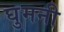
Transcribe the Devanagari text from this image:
घुमनी